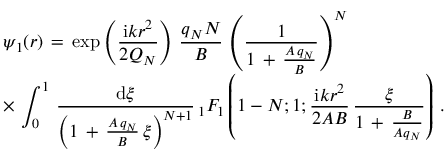
\begin{array} { l } { \displaystyle \psi _ { 1 } ( \boldsymbol { r } ) \, = \, \exp \left( \frac { \mathrm { i } k r ^ { 2 } } { 2 Q _ { N } } \right) \, \frac { q _ { N } N } { B } \, \left( \frac { 1 } { 1 \, + \, \frac { A \, q _ { N } } { B } } \right) ^ { N } \, } \\ { \displaystyle \times \, \int _ { 0 } ^ { 1 } \, \frac { \mathrm { d } \xi } { \left( 1 \, + \, \frac { A \, q _ { N } } { B } \, \xi \right) ^ { N + 1 } } \, _ { 1 } F _ { 1 } \left( 1 - N ; 1 ; \frac { \mathrm { i } k r ^ { 2 } } { 2 A B } \, \frac \xi { 1 \, + \, \frac B { A q _ { N } } } \right) \, . } \end{array}